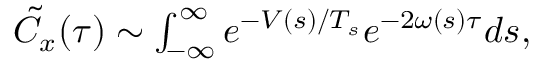
\begin{array} { r } { \tilde { C } _ { x } ( \tau ) \sim \int _ { - \infty } ^ { \infty } e ^ { - V ( s ) / T _ { s } } e ^ { - 2 \omega ( s ) \tau } d s , } \end{array}